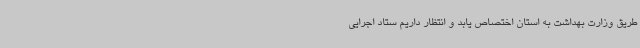
طریق وزارت بهداشت به استان اختصاص یابد و انتظار داریم ستاد اجرایی